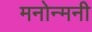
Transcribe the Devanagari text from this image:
मनोन्मनी